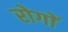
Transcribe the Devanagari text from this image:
रोगाें